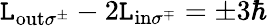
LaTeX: \mathtt{L}_{\mathrm{{out}}\sigma^{\pm}}-2\mathtt{L}_{\mathrm{{in}}\sigma^{\mp}}=\pm3\hbar